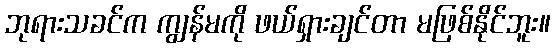
ဘုရားသခင်က ကျွန်မကို ဖယ်ရှားချင်တာ မဖြစ်နိုင်ဘူး။